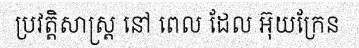
ប្រវត្តិសាស្ត្រ នៅ ពេល ដែល អ៊ុយក្រែន